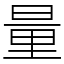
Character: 量